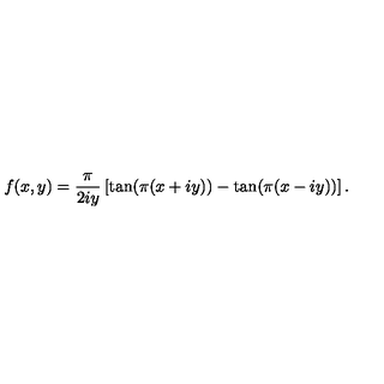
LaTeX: f ( x , y ) = \frac { \pi } { 2 i y } \left[ \tan ( \pi ( x + i y ) ) - \tan ( \pi ( x - i y ) ) \right] .